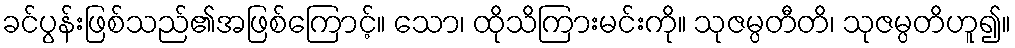
ခင်ပွန်းဖြစ်သည်၏အဖြစ်ကြောင့်။ သော၊ ထိုသိကြားမင်းကို။ သုဇမ္ပတီတိ၊ သုဇမ္ပတိဟူ၍။